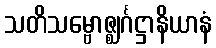
သတိသမ္ဗောဇ္ဈင်္ဂဋ္ဌာနိယာနံ